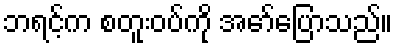
ဘရင့်က စတူးဝပ်ကို အော်ပြောသည်။